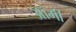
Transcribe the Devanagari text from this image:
ऑर्मी